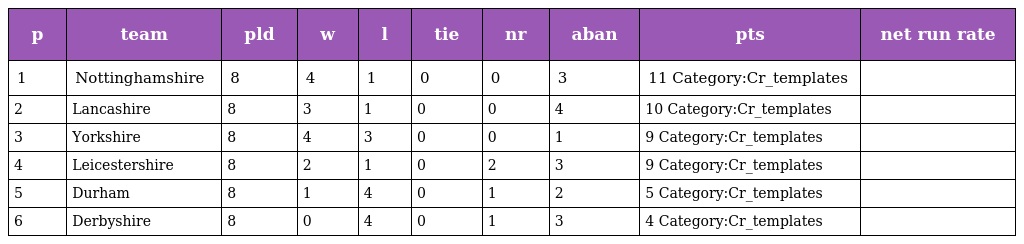
| p | team | pld | w | l | tie | nr | aban | pts | net run rate |
 | --- | --- | --- | --- | --- | --- | --- | --- | --- | --- |
 | 1 | Nottinghamshire | 8 | 4 | 1 | 0 | 0 | 3 | 11 Category:Cr_templates |  |
 | 2 | Lancashire | 8 | 3 | 1 | 0 | 0 | 4 | 10 Category:Cr_templates |  |
 | 3 | Yorkshire | 8 | 4 | 3 | 0 | 0 | 1 | 9 Category:Cr_templates |  |
 | 4 | Leicestershire | 8 | 2 | 1 | 0 | 2 | 3 | 9 Category:Cr_templates |  |
 | 5 | Durham | 8 | 1 | 4 | 0 | 1 | 2 | 5 Category:Cr_templates |  |
 | 6 | Derbyshire | 8 | 0 | 4 | 0 | 1 | 3 | 4 Category:Cr_templates |  |